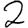
Digit: 2